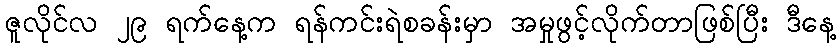
ဇူလိုင်လ ၂၉ ရက်နေ့က ရန်ကင်းရဲစခန်းမှာ အမှုဖွင့်လိုက်တာဖြစ်ပြီး ဒီနေ့